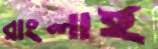
রাংলাই